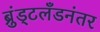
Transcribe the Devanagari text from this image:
ब्रुंड्टलँडनंतर